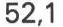
52,1